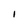
Character: 1